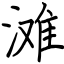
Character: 滩